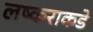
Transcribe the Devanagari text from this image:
लष्कराकडे